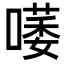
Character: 𠾭